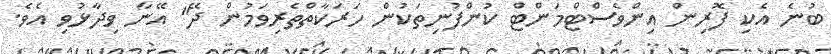
ބުނެ އެކި ފޮރިން އިންވެސްޓްމަންޓް ކުންފުނިތަކުން ހަރަކާތްތެރިވަމުން ދޭ" އޭނާ ވިދާޅުވި އެވެ.